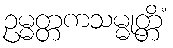
ဥမ္မတ္တကသမ္မုတ္တိံ